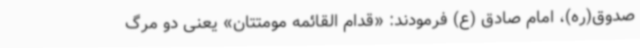
صدوق(ره)، امام صادق (ع) فرمودند: «قدام القائمه مومتتان» یعنی دو مرگ